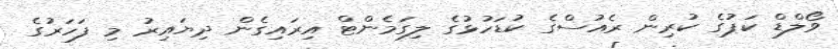
ވޯލްޑް ކަޕުގެ ކުރިން ރެއުސްގެ ކުޑަހުޅުގެ ލިގަމެންޓް އިރައިގެން ދިޔައިރު މި ފަހަރުގެ